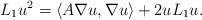
LaTeX: \begin{align*}L_1 u^2 = \langle A\nabla u,\nabla u \rangle + 2 u L_1 u.\end{align*}